Report on the Civil Veterinary Department, Eastern Bengal and Assam - 1907-1911
Year: 1907
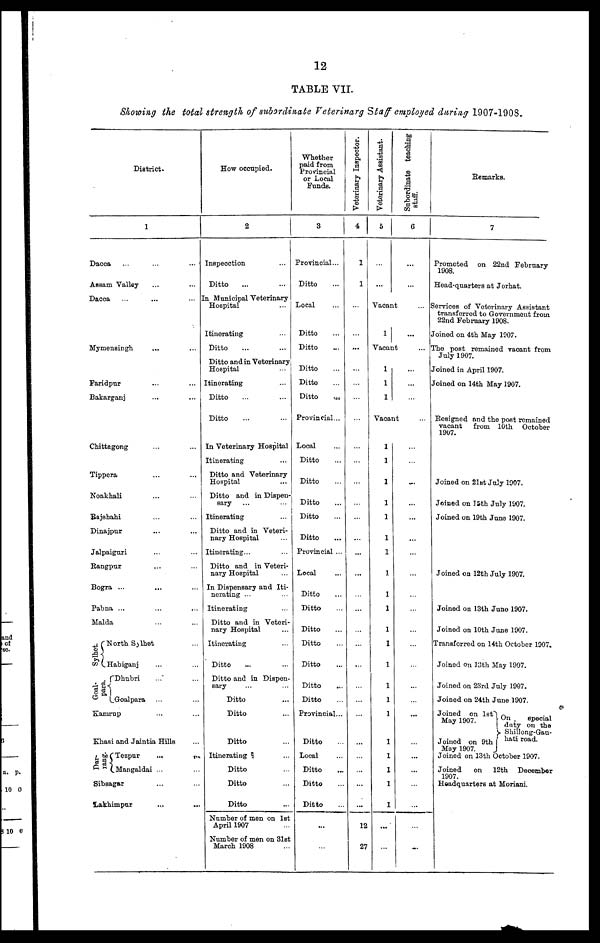
12
TABLE VII.
Showing the total strength of subordinate Veterinarg Staff employed during 1907-1908.
District.
1
Dacca ... ... ...
Assam Valley ... ...
Dacca ... ... ...
Mymensingh
... ...
Faridpur ... ...
Bakarganj ... ...
Chittagong ... ...
Tippera ... ...
Noakhali ... ...
Rajshahi ... ...
Dinajpur ... ...
Jalpaiguri ... ...
Rangpur ... ...
Bogra ... ... ...
Pabna ... ... ...
Malda ... ...
Syllnet.
North Sylhet ...
Habiganj ... ...
Goal-para
Dhubri ... ...
Goalpara ... ...
Kamrup ... ...
Khasi and Jaintia Hills ...
Dar-
rang
Tezpur ... ...
Mangaldai ... ...
Sibsagar ... ...
Lakhimpur ... ...
How occupied.
2
Inspecction ...
Ditto ... ...
In Municipal Veterinary
Hospital ...
Itinerating ...
Ditto ... ...
Ditto and in Veterinary
Hospital ...
Itinerating ...
Ditto ... ...
Ditto ... ...
In Veterinary Hospital
Itinerating ...
Ditto and Veterinary
Hospital ...
Ditto and in Dispen-
sary ... ...
Itinerating ...
Ditto and in Veteri-
nary Hospital ...
Itinerating... ...
Ditto and in Veteri-
nary Hospital ...
In Dispensary and Iti-
nerating ... ...
Itinerating ...
Ditto and in Veteri-
nary Hospital ... ...
Itinerating ...
Ditto ...
Ditto and in Dispen-
sary ... ...
Ditto ...
Ditto ...
Ditto ...
Itinerating ...
Ditto ...
Ditto ...
Ditto ...
Number of men on 1st
April 1907 ...
Number of men on 3lst
March 1908 ...
Whether
paid from
Provincial
or Local
Funds.
3
Provincial...
Ditto ...
Local ...
Ditto ...
Ditto ...
Ditto ...
Ditto ...
Ditto ...
Provincial...
Local ...
Ditto ...
Ditto ...
Ditto ...
Ditto ...
Ditto ...
Provincial ...
Local ...
Ditto ...
Ditto ...
Ditto ...
Ditto ...
Ditto ...
Ditto ...
Ditto ...
Provincial...
Ditto ...
Local ...
Ditto ...
Ditto ...
Ditto ...
...
...
Veterinary Inspector.
4
1
1
...
...
...
...
...
...
...
...
...
...
...
...
...
...
...
...
...
...
...
...
...
...
...
...
...
...
...
...
...
12
27
Veterinary Assistant.
5
...
...
Vacant
1
Vacan
...
1
1
1
Vacan
1
1
1
1
1
1
1
1
1
1
1
1
1
1
1
1
1
1
1
1
1
...
...
...
Subordinate teaching
staff.
6
...
...
...
...
...
... ...
b ...
...
...
...
...
...
t. ...
...
...
...
...
...
...
...
...
...
...
...
...
...
...
...
...
...
...
...
...
...
...
...
...
...
...
...
Remarks.
7
Promoted on 22nd February
1908.
Head-quarters at Jorhat.
Services of Veterinary Assistant
transferred to Government from
22nd February 1908.
Joined on 4th May 1907.
The post remained vacant from
July 1907.
Joined in April 1907.
Joined on 14th May 1907.
Resigned and the post remained
vacant from 10th October
1907.
Joined on 21st July 1907.
Joined on 15th July 1907.
Joined on 19th June 1907.
Joined on 12th July 1907.
Joined on 13th June 1907.
Joined on 10th June 1907.
Transferred on 14th October 1907.
Joined on 13th May 1907.
Joined on 23rd July 1907.
Joined on 24th June 1907.
Joined on 1st
May 1907.
Joined on 9th
May 1907.
On special
duty on the
Shillong-Gau-
hati road.
Joined on 13th October 1907.
Joined
on 12th December
1907.
Headquarters at Moriani.